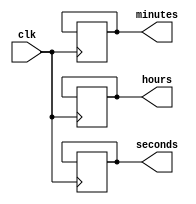
module binary_clock_divider (
  input wire clk,
  output reg [3:0] seconds,
  output reg [5:0] minutes,
  output reg [4:0] hours
);

reg [23:0] count;

always @(posedge clk) begin
  count <= count + 1;

  if (count == 24000000) begin // 1 second interval for a 24MHz clock
    count <= 0;
    
    if (seconds == 15) begin
      seconds <= 0;
      
      if (minutes == 59) begin
        minutes <= 0;

        if (hours == 23) begin
          hours <= 0;
        end else begin
          hours <= hours + 1;
        end
      end else begin
        minutes <= minutes + 1;
      end
    end else begin
      seconds <= seconds + 1;
    end
  end
end

endmodule